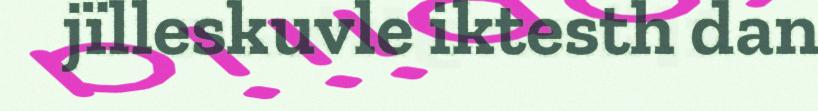
jïlleskuvle iktesth dan